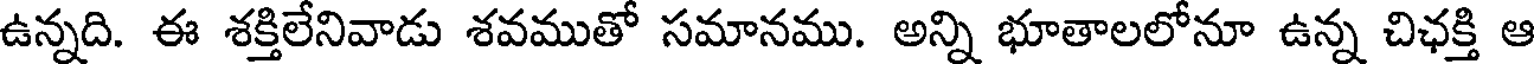
ఉన్నది. ఈ శక్తిలేనివాడు శవముతో సమానము. అన్ని భూతాలలోనూ ఉన్న చిఛక్తి ఆ